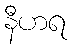
နီဟရ